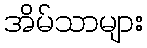
အိမ်သာများ